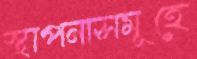
স্থাপনাসমূহে